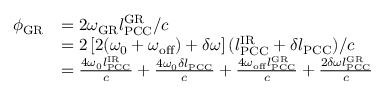
\begin{array} { r l } { \phi _ { \mathrm { G R } } } & { = 2 \omega _ { \mathrm { G R } } l _ { \mathrm { P C C } } ^ { \mathrm { G R } } / c } \\ & { = 2 \left[ 2 ( \omega _ { 0 } + \omega _ { \mathrm { o f f } } ) + \delta \omega \right] ( l _ { \mathrm { P C C } } ^ { \mathrm { I R } } + \delta l _ { \mathrm { P C C } } ) / c } \\ & { = \frac { 4 \omega _ { 0 } l _ { \mathrm { P C C } } ^ { \mathrm { I R } } } { c } + \frac { 4 \omega _ { 0 } \delta l _ { \mathrm { P C C } } } { c } + \frac { 4 \omega _ { \mathrm { o f f } } l _ { \mathrm { P C C } } ^ { \mathrm { G R } } } { c } + \frac { 2 \delta \omega l _ { \mathrm { P C C } } ^ { \mathrm { G R } } } { c } } \end{array}